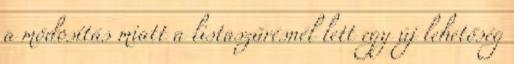
a módosítás miatt a listaszűrésnél lett egy új lehetőség